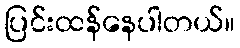
ပြင်းထန်နေပါတယ်။